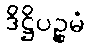
ဒိဋ္ဌိပဉ္စမံ